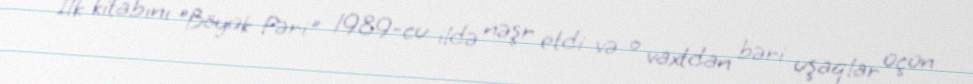
İlk kitabını "Böyük Pəri" 1989-cu ildə nəşr etdi və o vaxtdan bəri uşaqlar üçün